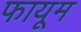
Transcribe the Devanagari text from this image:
फायूम